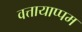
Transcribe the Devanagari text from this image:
वत्तायाप्पम